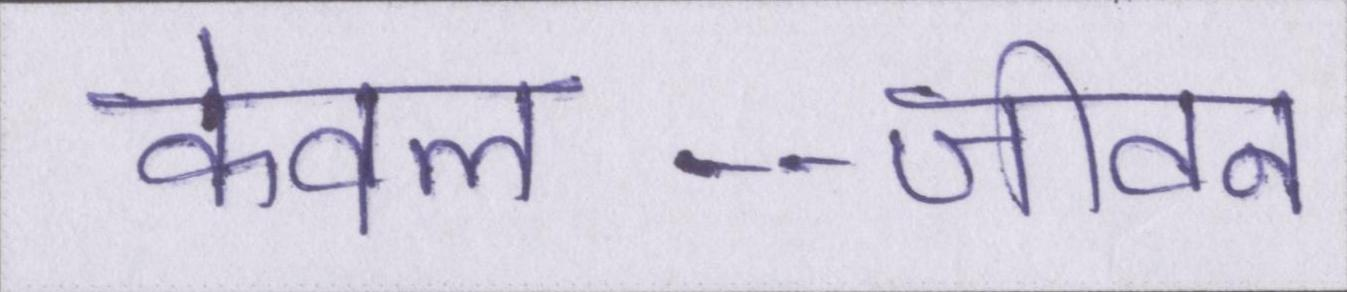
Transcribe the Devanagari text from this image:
केवल--जीवन